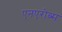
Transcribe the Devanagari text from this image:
एनएरोब्स